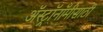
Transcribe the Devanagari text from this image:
अॅस्ट्रॉनॉमीसाठी